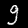
Digit: 9